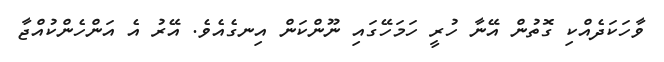
ވާހަކަދެއްކި ގޮތުން އޭނާ ހުރީ ހަމަހޭގައި ނޫންކަން އިނގެއެވެ. އޭރު އެ އަންހެންކުއްޖާ